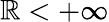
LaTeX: \mathbb{R}<+\infty